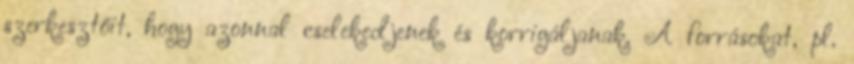
szerkesztőit, hogy azonnal cselekedjenek és korrigáljanak. A forrásokat, pl.